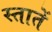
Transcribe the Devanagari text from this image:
स्तातें